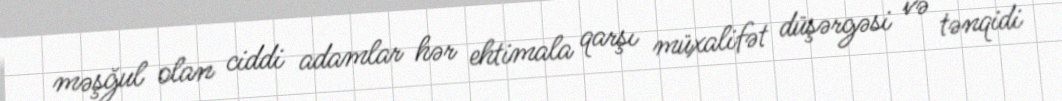
məşğul olan ciddi adamlar hər ehtimala qarşı müxalifət düşərgəsi və tənqidi